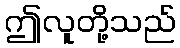
ဤလူတို့သည်